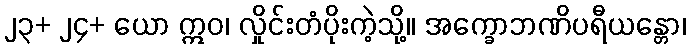
၂၃+ ၂၄+ ယော ဣဝ၊ လှိုင်းတံပိုးကဲ့သို့။ အက္ခောဘဏိပရီယန္တော၊